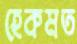
হেকমত